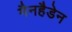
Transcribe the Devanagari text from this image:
मैनहैडेन